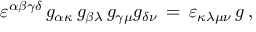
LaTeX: \varepsilon ^ { \alpha \beta \gamma \delta } \, g _ { \alpha \kappa } \, g _ { \beta \lambda } \, g _ { \gamma \mu } g _ { \delta \nu } \, = \, \varepsilon _ { \kappa \lambda \mu \nu } \, g \, ,